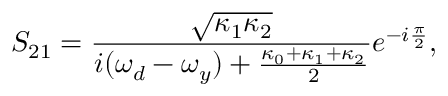
S _ { 2 1 } = \frac { \sqrt { \kappa _ { 1 } \kappa _ { 2 } } } { i ( \omega _ { d } - \omega _ { y } ) + \frac { \kappa _ { 0 } + \kappa _ { 1 } + \kappa _ { 2 } } { 2 } } e ^ { - i \frac { \pi } { 2 } } ,